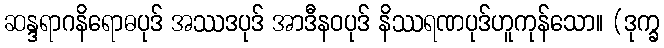
ဆန္ဒရာဂနိရောဓပုဒ် အဿဒပုဒ် အာဒီနဝပုဒ် နိဿရဏပုဒ်ဟူကုန်သော။ (ဒုက္ခ